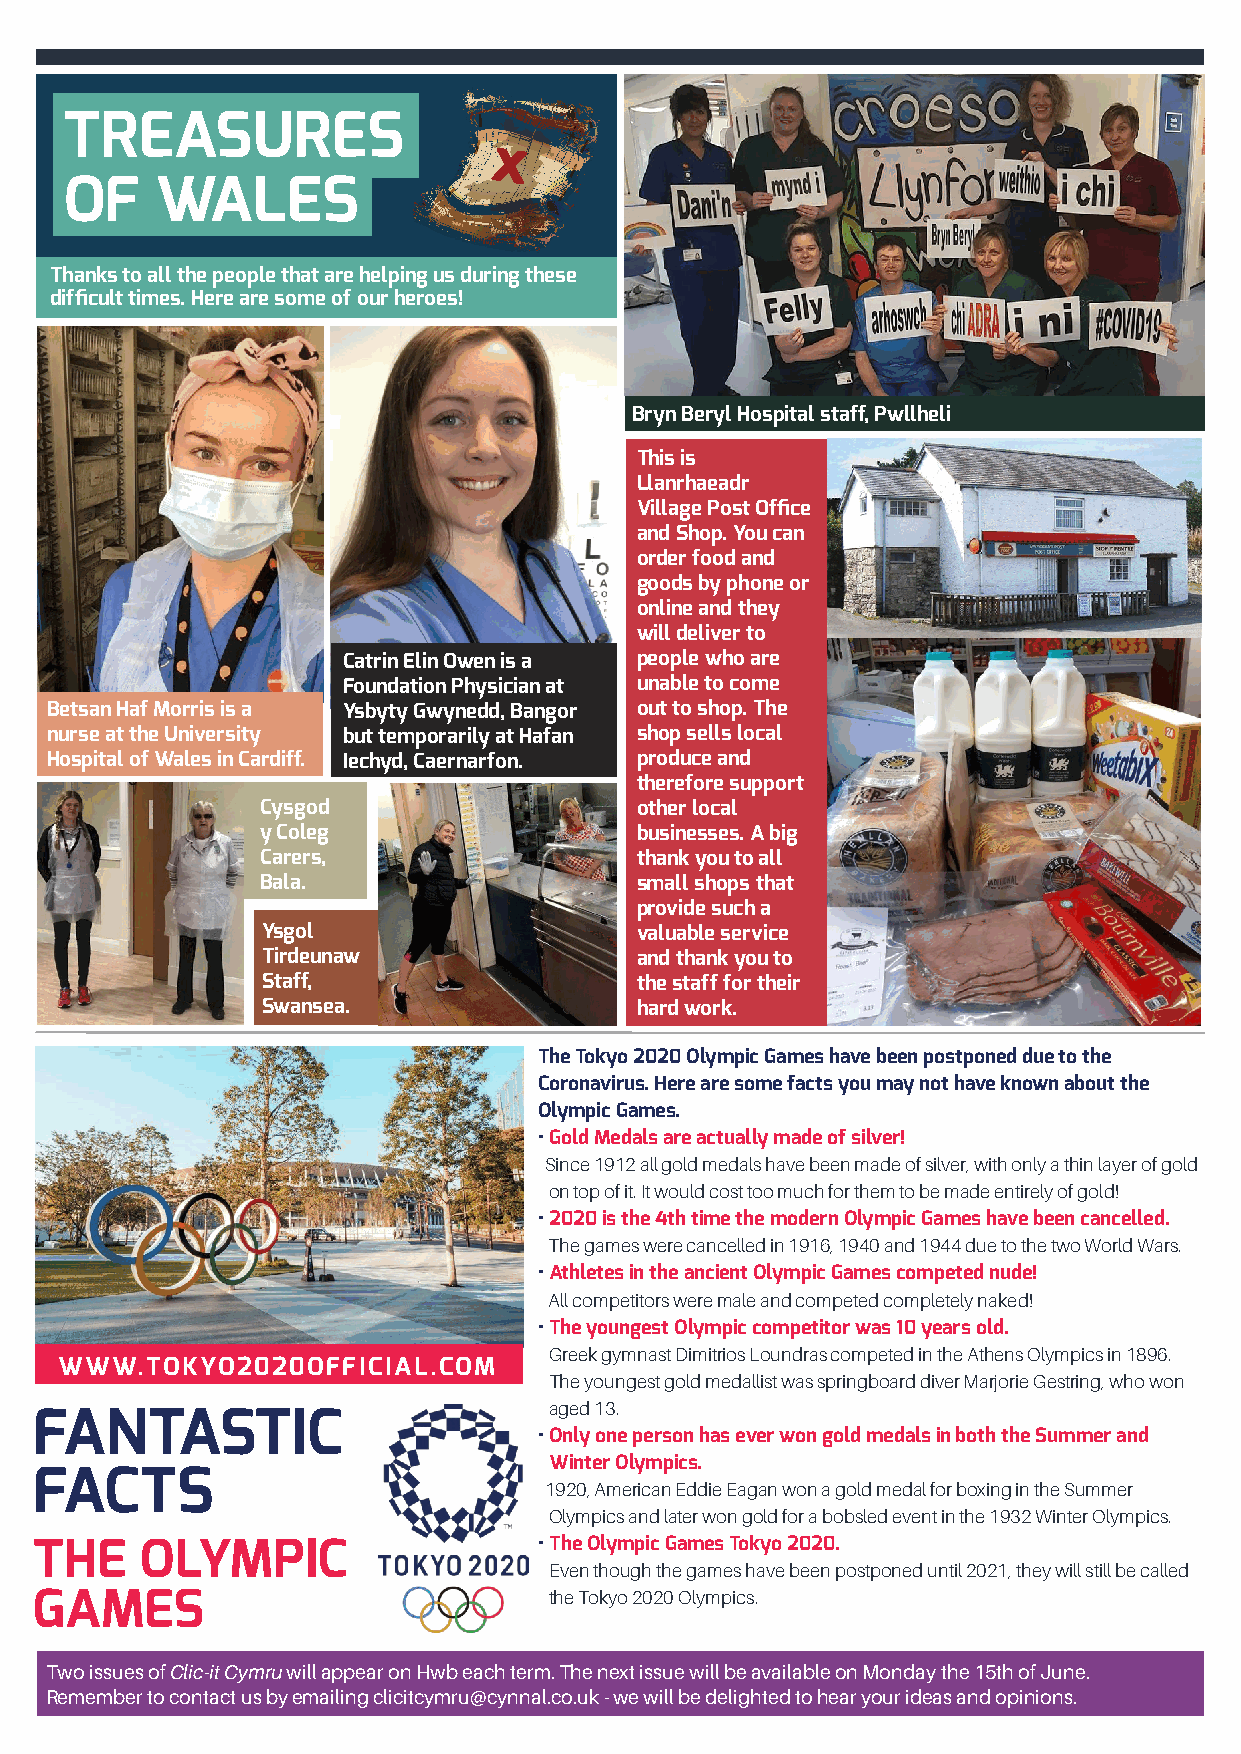
TREASURES
 OF    WALES
 Thanks to all the people that are helping us during these
 difficult times. Here are some of our heroes!
 Bryn Beryl Hospital staff, Pwllheli
 This is
 Llanrhaeadr
 Village Post Office
 and Shop. You can
 order food and
 goods by phone or
 online and they
 will deliver to
 Catrin Elin Owen is a people who are
 Foundation Physician at unable to come
 Betsan Haf Morris is a Ysbyty Gwynedd, Bangor out to shop. The
 nurse at the University but temporarily at Hafan shop sells local
 Hospital of Wales in Cardiff. Iechyd, Caernarfon. produce and
 therefore support
 Cysgod                   other local
 y Coleg                  businesses. A big
 Carers,                  thank you to all
 Bala.                    small shops that
 provide such a
 Ysgol                    valuable service
 Tirdeunaw                and thank you to
 Staff,                   the staff for their
 Swansea.                 hard work.
 The Tokyo 2020 Olympic Games have been postponed due to the
 Coronavirus. Here are some facts you may not have known about the
 Olympic Games.
 • Gold Medals are actually made of silver!
 Since 1912 all gold medals have been made of silver, with only a thin layer of gold
 on top of it. It would cost too much for them to be made entirely of gold!
 • 2020 is the 4th time the modern Olympic Games have been cancelled.
 The games were cancelled in 1916, 1940 and 1944 due to the two World Wars.
 • Athletes in the ancient Olympic Games competed nude!
 All competitors were male and competed completely naked!
 • The youngest Olympic competitor was 10 years old.
 Greek gymnast Dimitrios Loundras competed in the Athens Olympics in 1896.
 WWW.TOKYO2020OFFICIAL.COM
 The youngest gold medallist was springboard diver Marjorie Gestring, who won
 aged 13.
 FANTASTIC
 • Only one person has ever won gold medals in both the Summer and
 Winter Olympics.
 FACTS
 1920, American Eddie Eagan won a gold medal for boxing in the Summer
 Olympics and later won gold for a bobsled event in the 1932 Winter Olympics.
 THE    OLYMPIC                    • The Olympic Games Tokyo 2020.
 Even though the games have been postponed until 2021, they will still be called
 GAMES                             the Tokyo 2020 Olympics.
 Two issues of Clic-it Cymru will appear on Hwb each term. The next issue will be available on Monday the 15th of June.
 Remember to contact us by emailing clicitcymru@cynnal.co.uk - we will be delighted to hear your ideas and opinions.